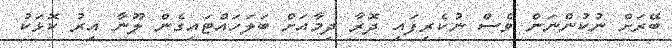
ބޭރަށް ނުކުންނަން ވެސް ނުކެރިފައި ދޮރާ ދިމާއަށް ބަލަހައްޓައިގެން ލޫނާ އިރު ކޮޅަކު